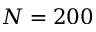
N = 2 0 0